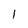
Character: 1